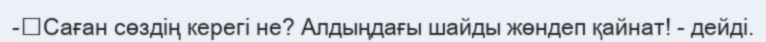
-	Саған сөздің керегі не? Алдыңдағы шайды жөндеп қайнат! - дейді.